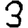
Digit: 3